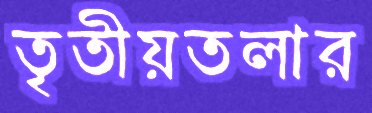
তৃতীয়তলার